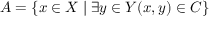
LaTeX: A = \{ x \in X \mid \exists y \in Y ( x , y ) \in C \}